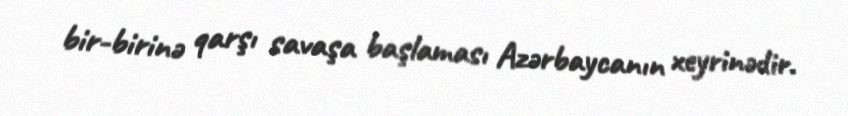
bir-birinə qarşı savaşa başlaması Azərbaycanın xeyrinədir.